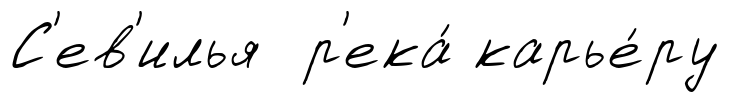
С'ев'илья р'ека́ карье́ру